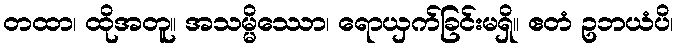
တထာ၊ ထိုအတူ။ အသမ္မိဿော၊ ရောယှက်ခြင်းမရှိ။ ဧတံ ဥဘယံပိ၊